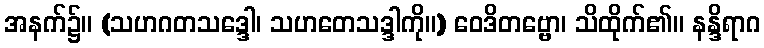
အနက်၌။ (သဟဂတသဒ္ဒေါ၊ သဟတေသဒ္ဒါကို။) ဝေဒိတဗ္ဗော၊ သိထိုက်၏။ နန္ဒိရာဂ